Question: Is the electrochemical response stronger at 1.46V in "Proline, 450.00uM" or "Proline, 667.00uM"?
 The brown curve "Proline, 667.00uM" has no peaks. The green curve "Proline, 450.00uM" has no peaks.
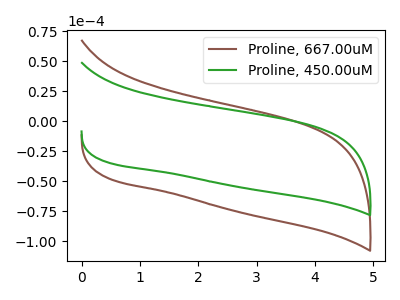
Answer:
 <answer>"Proline, 450.00uM" and "Proline, 667.00uM" dont share a peak at 1.46V.</answer>
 <eval>mismatch</eval>